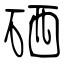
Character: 硒